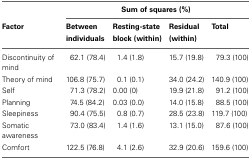
<table><thead><tr><td></td><td colspan="4"><b>Sum of squares (%)</b></td></tr><tr><td><b>Factor</b></td><td><b>Between individuals</b></td><td><b>Resting-state block (within)</b></td><td><b>Residual (within)</b></td><td><b>Total</b></td></tr></thead><tbody><tr><td>Discontinuity of mind</td><td>62.1 (78.4)</td><td>1.4 (1.8)</td><td>15.7 (19.8)</td><td>79.3 (100)</td></tr><tr><td>Theory of mind</td><td>106.8 (75.7)</td><td>0.1 (0.1)</td><td>34.0 (24.2)</td><td>140.9 (100)</td></tr><tr><td>Self</td><td>71.3 (78.2)</td><td>0.00 (0)</td><td>19.9 (21.8)</td><td>91.2 (100)</td></tr><tr><td>Planning</td><td>74.5 (84.2)</td><td>0.03 (0.0)</td><td>14.0 (15.8)</td><td>88.5 (100)</td></tr><tr><td>Sleepiness</td><td>90.4 (75.5)</td><td>0.8 (0.7)</td><td>28.5 (23.8)</td><td>119.7 (100)</td></tr><tr><td>Somatic awareness</td><td>73.0 (83.4)</td><td>1.4 (1.6)</td><td>13.1 (15.0)</td><td>87.6 (100)</td></tr><tr><td>Comfort</td><td>122.5 (76.8)</td><td>4.1 (2.6)</td><td>32.9 (20.6)</td><td>159.6 (100)</td></tr></tbody></table>